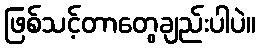
ဖြစ်သင့်တာတွေချည်းပါပဲ။